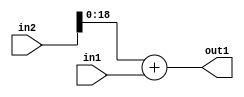
`timescale 1ps / 1ps
/*****************************************************************************
    Verilog RTL Description
    
    
    Created by: Stratus DpOpt 2019.1.01 
*******************************************************************************/

module SobelFilter_Add_20Sx16U_19U_1 (
	in2,
	in1,
	out1
	); /* architecture "behavioural" */ 
input [19:0] in2;
input [15:0] in1;
output [18:0] out1;
wire [18:0] asc001;

assign asc001 = 
	+(in2[18:0])
	+(in1);

assign out1 = asc001;
endmodule

/* CADENCE  ubLyTQk= : u9/ySgnWtBlWxVPRXgAZ4Og= ** DO NOT EDIT THIS LINE ******/